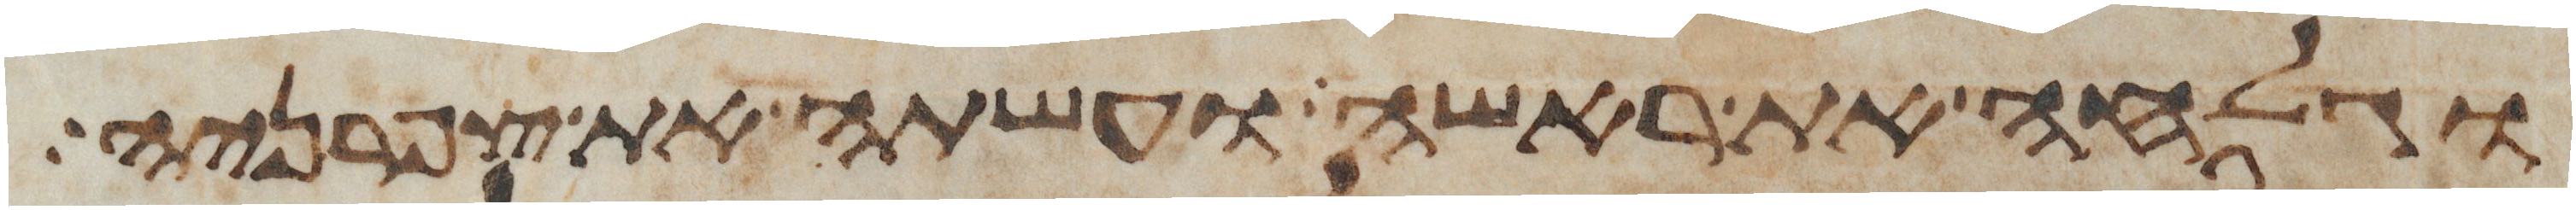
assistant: וגלחה את ראשה ועשתה את צפרניה